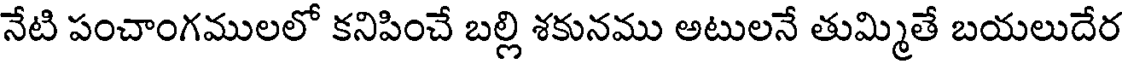
నేటి పంచాంగములలో కనిపించే బల్లి శకునము అటులనే తుమ్మితే బయలుదేర